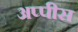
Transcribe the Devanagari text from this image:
अप्पीस